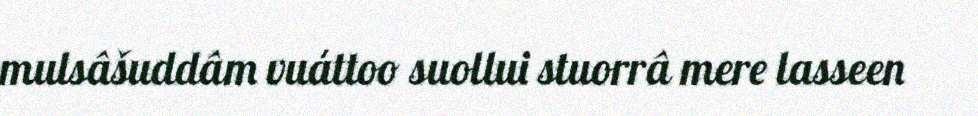
mulsâšuddâm vuáttoo suollui stuorrâ mere lasseen